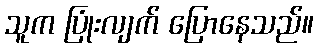
သူက ပြုံးလျက် ပြောနေသည်။